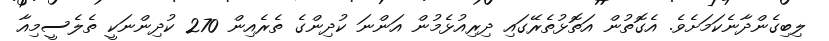
ލިބިގެންދާނެކަމަށެވެ. އެގޮތުން އަތޮޅުތެރޭގައި ދިރިއުޅެމުން އަންނަ ކުދިންގެ ތެރެއިން 270 ކުދިންނަކީ ތެލެސީމިއާ